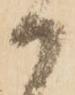
か